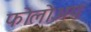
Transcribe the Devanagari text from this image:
फोलोअप